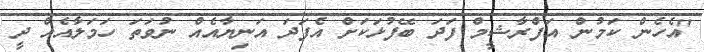
"އެހެން ކަމުން އަފްރާޝީމް ފަދަ ބޭފުޅަކަށް އެފަދަ އަނިޔާއެއް ނުވަތަ ހަމަލާއެއް ދީ